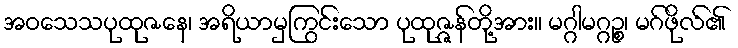
အဝသေသပုထုဇနေ၊ အရိယာမှကြွင်းသော ပုထုဇ္ဇန်တို့အား။ မဂ္ဂါမဂ္ဂဉ္စ၊ မဂ်ဖိုလ်၏